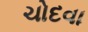
ચોદવા